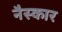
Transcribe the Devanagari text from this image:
नैस्कार